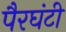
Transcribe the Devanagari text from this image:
पैरघंटी